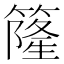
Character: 𥳌